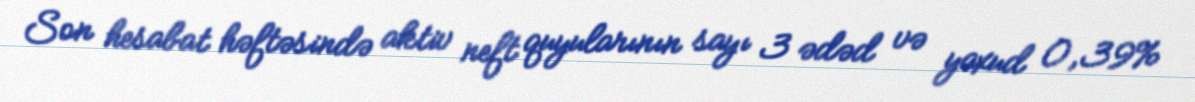
Son hesabat həftəsində aktiv neft quyularının sayı 3 ədəd və yaxud 0,39%